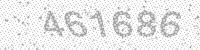
Solution: 461686